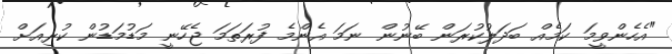
"އެހެންވީމަ ކަމެއް ބަދަލުކުރަން ބޭނުން ނަމަ އެންމެ ފުރަތަމަ ޖެހޭނީ މަޑުމަޑުން ކުރިއަށް